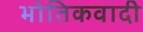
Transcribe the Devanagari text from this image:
भोतिकवादी